Annual administration report of the Civil Veterinary Department of India - 1894-1895
Year: 1894
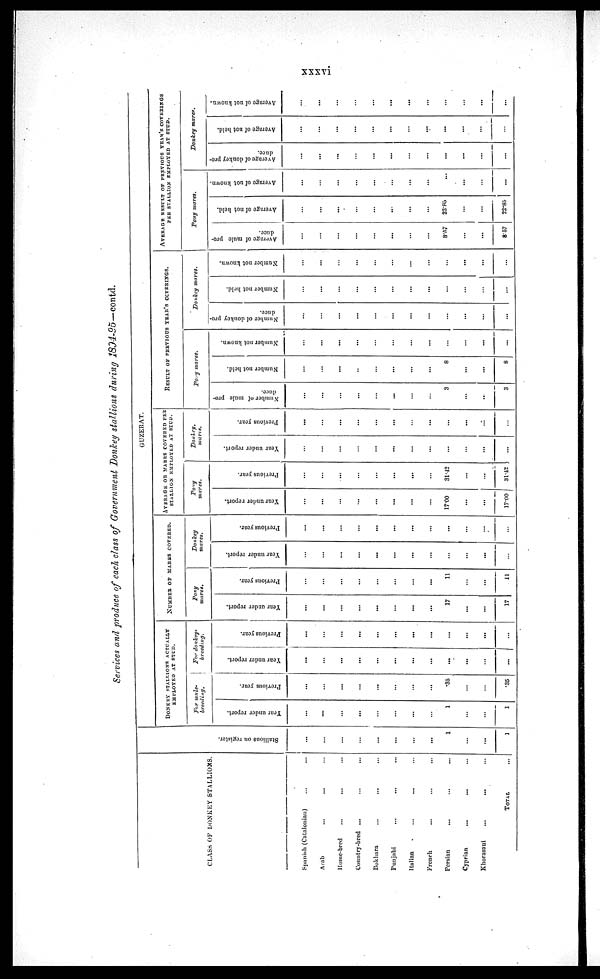
xxxvi
Services and produce of each class of Government Donkey stallions during 1894-95—contd.
CLASS OF DONKEY STALLIONS.
Spanish (Catalonian) ... ...
Arab ... ... ...
Home-bred
...
... ...
Country-bred... ... ...
Bukhara
...
......
Punjabi... ... ...
Italian
...
... ...
French ... ... ...
Persian... ... ...
Cyprian...
...
...
Khorasani
...
... ...
TOTAL ...
St al l
i
ons on register.
...
...
...
...
...
...
...
...
1
...
...
...
GUZERAT.
DONKEY STALLIONS ACTUALLY
EMPLOYED AT STUB.
For mule¬
breeding.
Year under report.
...
...
...
...
...
...
...
...
1
...
...
...
Previous year.
...
...
...
...
...
...
...
...
.35
...
...
.35
For donkey¬
breeding.
Year under report.
...
...
...
...
...
...
...
...
...
...
...
...
Previous year.
...
...
...
...
...
...
...
...
...
...
...
...
NUMBER OF MARES COVERED.
Pony
mares.
Year under report.
...
...
...
...
...
...
...
...
17
...
...
17
Previous year.
...
...
...
...
...
...
...
...
11
...
...
11
Donkey
mares.
Year under report.
...
...
...
...
...
...
...
...
...
...
...
...
Previous year.
...
...
...
...
...
...
...
...
...
...
...
...
AVERAGE OF MAERS COVERED PER
STALLION EMPLOYED AT STUD.
Pony
mures.
Year under report.
...
...
...
...
...
...
...
...
17.00
...
...
17.00
Previous year.
...
...
...
...
...
...
...
...
31.42
...
...
31.42
Donkey.
mares.
Year under report.
...
...
...
...
...
...
...
...
...
...
...
...
Previous year.
...
...
...
...
...
...
...
...
...
...
...
...
RESULT
OF
PREVIOUS
YEAR'S
COVERINGS.
Pony mares.
Number of mule pro-
duce.
...
...
...
...
...
...
...
...
3
...
...
3
Number not held.
...
...
...
...
...
...
...
...
8
...
...
8
Number not known.
...
...
...
...
...
...
...
...
...
...
...
...
Donkey mares.
Number of donkey pro-
duce.
...
...
...
...
...
...
...
...
...
...
...
...
Number not held.
...
...
...
...
...
...
...
...
...
...
...
...
Number not known.
...
...
...
...
...
...
...
...
...
...
...
...
AVERAGE RESULT OF PREVIOUS YEAR'S COVERINGS
PER STALLION EMPLOYED AT STUD.
Pony mares.
Average of mule pro-
duce.
...
...
...
...
...
...
...
...
8.57
...
...
8.57
Average of not held.
...
...
...
...
...
...
...
...
22.85
...
...
22.85
Average of not known.
...
...
...
...
...
...
...
...
...
...
...
...
Donkey mares.
Average of donkey pro-
duce.
...
...
...
...
...
...
...
...
...
...
...
...
Average of not held.
...
...
...
...
...
...
...
...
...
...
...
...
Average of not known.
...
...
...
...
...
...
...
...
...
...
...
...